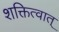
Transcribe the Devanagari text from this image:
शक्तित्वात्